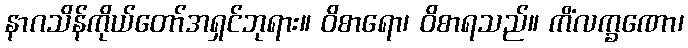
နာဂသိန်ကိုယ်တော်အရှင်ဘုရား။ ဝိစာရော၊ ဝိစာရသည်။ ကိံလက္ခဏော၊